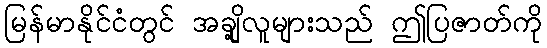
မြန်မာနိုင်ငံတွင် အချို့လူများသည် ဤပြဇာတ်ကို